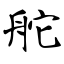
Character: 舵